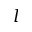
l